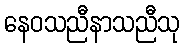
နေဝသညီနာသညီသု